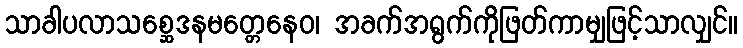
သာခါပလာသစ္ဆေဒနမတ္တေနေဝ၊ အခက်အရွက်ကိုဖြတ်ကာမျှဖြင့်သာလျှင်။